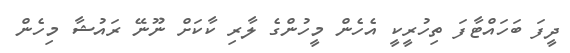
ދީފަ ބަހައްޓާފަ ތިހުރީކީ އެހެން މީހުންގެ ލާރި ކާކަށް ނޫނޭ ރައުޝާ މިހެން